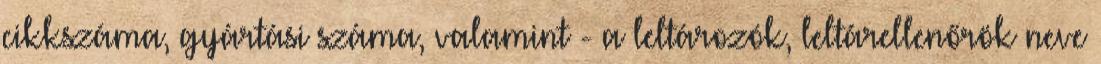
cikkszáma, gyártási száma, valamint - a leltározók, leltárellenőrök neve